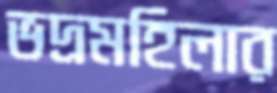
ভদ্রমহিলার